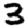
Digit: 3